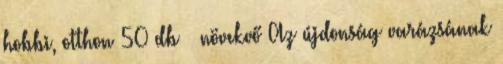
hobbi, otthon 50 db növekvő Az újdonság varázsának